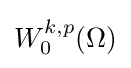
W_{0}^{k,p}(\Omega )